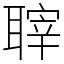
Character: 䏁